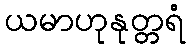
ယမာဟုနုတ္တရံ